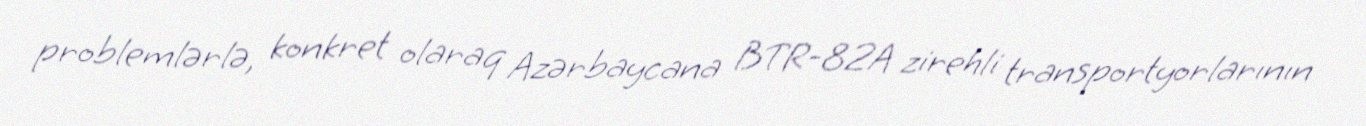
problemlərlə, konkret olaraq Azərbaycana BTR-82A zirehli transportyorlarının